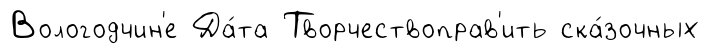
Вологодчин'е Да́та Творчествоправ'ить ска́зочных